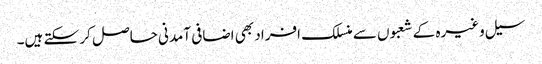
سیل وغیرہ کے شعبوں سے منسلک افراد بھی اضافی آمدنی حاصل کر سکتے ہیں۔